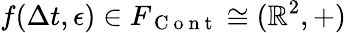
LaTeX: f(\Delta t,\epsilon)\in F_{\mathrm{~C~o~n~t~}}\cong(\mathbb{R}^{2},+)